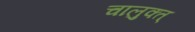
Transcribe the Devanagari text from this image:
चालुक्त्